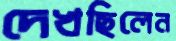
দেখছিলেন